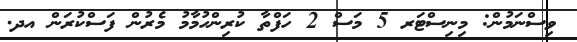
ވިސްނަމުން: މިނިސްޓަރ 5 މަސް 2 ހަފްތާ ކުރިންހުމާމު މެރުން ފަސްކުރަން އދ.